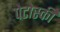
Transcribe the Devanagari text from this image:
पेटोस्की